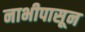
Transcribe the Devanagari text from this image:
नाभीपासून